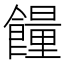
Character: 𩞯